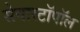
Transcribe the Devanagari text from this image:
सेवास्टॉपॉल